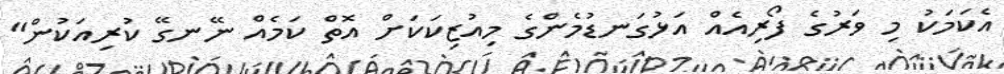
އެކަމަކު މި ވަރުގެ ފޯރިއެއް އަޅުގަނޑުމެންގެ މިއުޒިކަކަށް އޮތް ކަމެއް ނޭނގޭ ކުރިއަކުން"